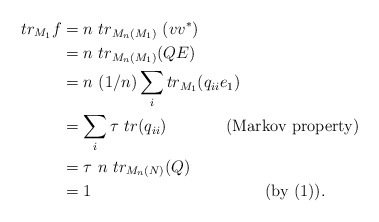
\begin{align*}tr_{M_1}f & =n~tr_{M_n(M_1)}~(vv^*)\\& = n~tr_{M_n(M_1)}(QE)\\ &= n~(1/n)\sum_itr_{M_1}(q_{ii}e_1)\\ & = \sum_i\tau~ tr(q_{ii}) ~~~~~~~~~~~ (\textrm{Markov property})\\ & = \tau ~n~ tr_{M_n(N)}(Q)\\ &=1 ~~~~~~~~~~~~~~~~~~~~~~~~~~~~~~~~(\textrm{by}~(1)).\end{align*}